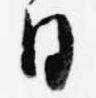
日